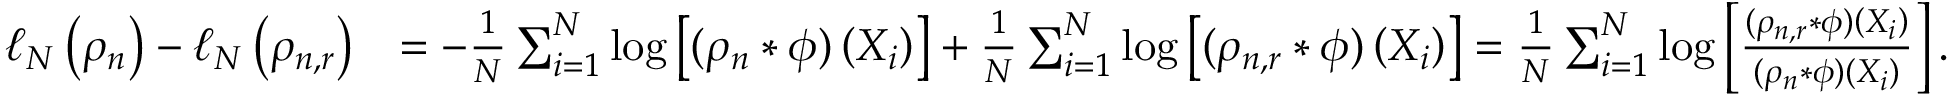
\begin{array} { r l } { \ell _ { N } \left( \rho _ { n } \right) - \ell _ { N } \left( \rho _ { n , r } \right) } & { = - \frac { 1 } { N } \sum _ { i = 1 } ^ { N } \log \left[ ( \rho _ { n } * \phi ) \left( X _ { i } \right) \right] + \frac { 1 } { N } \sum _ { i = 1 } ^ { N } \log \left[ ( \rho _ { n , r } * \phi ) \left( X _ { i } \right) \right] = \frac { 1 } { N } \sum _ { i = 1 } ^ { N } \log \left[ \frac { ( \rho _ { n , r } * \phi ) \left( X _ { i } \right) } { ( \rho _ { n } * \phi ) \left( X _ { i } \right) } \right] . } \end{array}